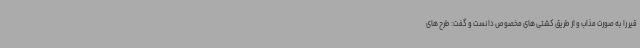
قیر را به صورت مذاب و از طریق کشتی های مخصوص دانست و گفت: طرح های